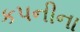
કપનીના